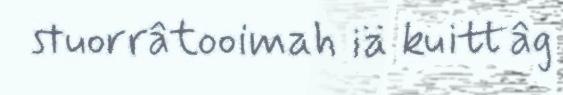
stuorrâtooimah iä kuittâg